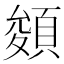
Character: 𩓀